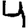
Digit: 4